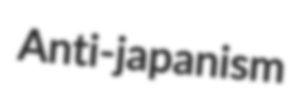
Anti-japanism